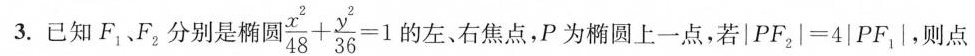
3.已知F_{1}、F_{2}分别是椭圆 $$\frac { x ^ { 2 } } { 4 8 } + \frac { y ^ { 2 } }{ 3 6 } = 1$$ 的左、右焦点，P为椭圆上一点，若$$\left| P F _ { 2 } \right | = 4 \left| P F _ { 1 } \right|$$，则点